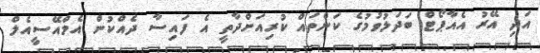
އަދި އޭރު އެއާޕޯޓް ބަދަލުވުމުގެ ކަންތައް ކުރިއަށްދާތީ އެ ފައިސާ ދެއްކުން އެމްއޭސީއެލް